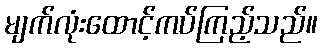
မျက်လုံးထောင့်ကပ်ကြည့်သည်။